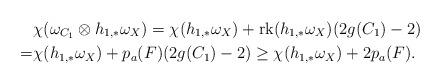
LaTeX: \begin{align*}&\chi(\omega_{C_1}\otimes h_{1,*}\omega_X)=\chi(h_{1,*}\omega_X)+{\rm rk}(h_{1,*}\omega_X)(2g(C_1)-2) \\=& \chi(h_{1,*}\omega_X)+p_a(F)(2g(C_1)-2)\ge \chi(h_{1,*}\omega_X)+2p_a(F). \end{align*}